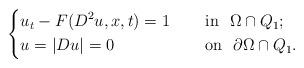
LaTeX: \begin{align*}\left\{\begin{aligned} &u_t-F(D^2 u,x,t)=1~~~~&&\mbox{in}~~\Omega \cap Q_1;\\ &u=|Du|=0~~~~&&\mbox{on}~~\partial \Omega\cap Q_1.\\ \end{aligned}\right.\end{align*}